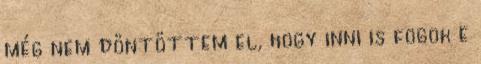
még nem döntöttem el, hogy inni is fogok e